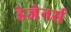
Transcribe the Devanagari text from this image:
डेजेनर्स